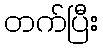
တက်ပြီး